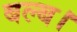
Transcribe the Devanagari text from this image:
बल्ब।